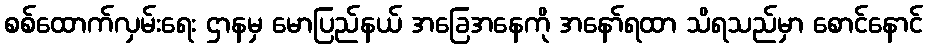
စစ်ထောက်လှမ်းရေး ဌာနမှ မောပြည်နယ် အခြေအနေကို အနော်ရထာ သိရသည်မှာ စောင်နောင်